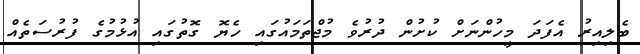
ބެލިއިރު އެފަދަ މީހުންނަށް ކުށުން ދުރުވެ މުޖްތަމައުގައި ހެޔޮ ގޮތުގައި އުޅުމުގެ ފުރުސަތެއް